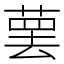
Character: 𰱯